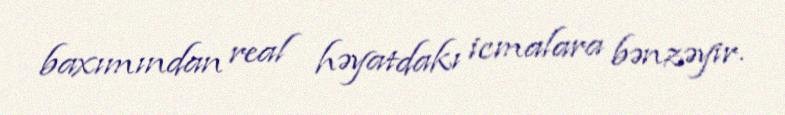
baxımından real həyatdakı icmalara bənzəyir.